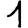
Digit: 1